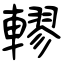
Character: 轇